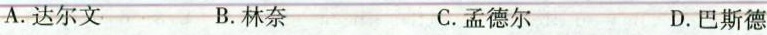
A.达尔文 B.林奈 C.孟德尔 D.巴斯德